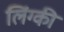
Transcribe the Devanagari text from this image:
लिंग्‍की